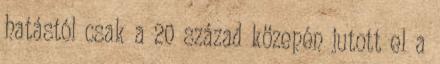
hatástól csak a 20 század közepén jutott el a